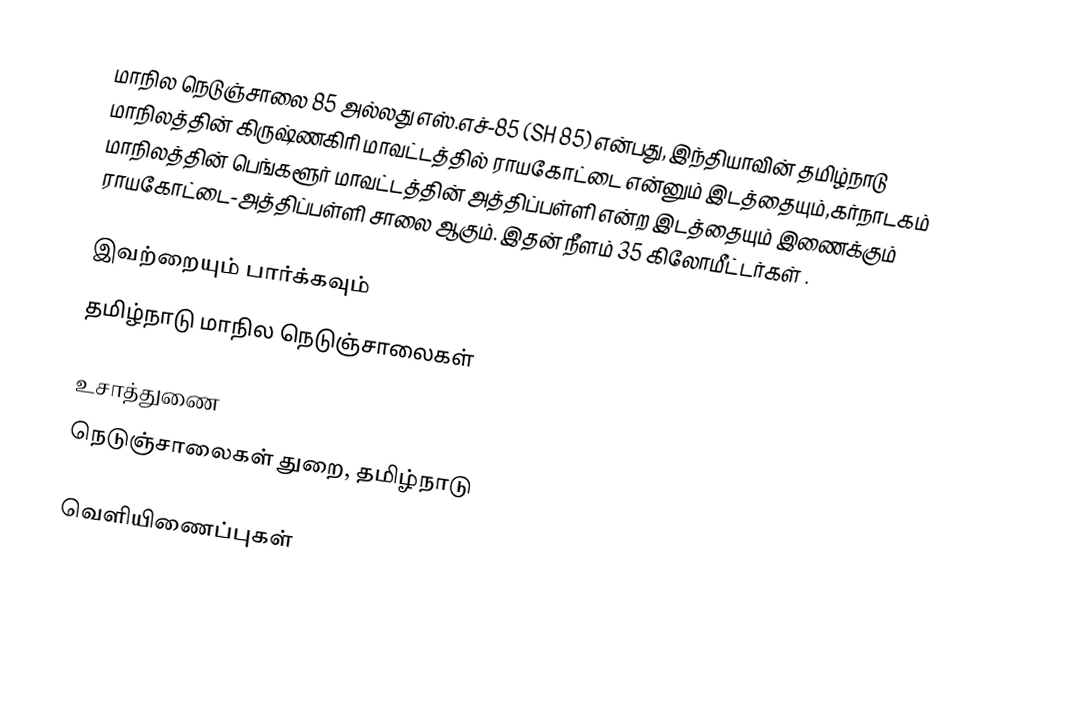
மாநில நெடுஞ்சாலை 85 அல்லது எஸ்.எச்-85 (SH 85) என்பது, இந்தியாவின் தமிழ்நாடு மாநிலத்தின் கிருஷ்ணகிரி மாவட்டத்தில் ராயகோட்டை என்னும் இடத்தையும்,கர்நாடகம் மாநிலத்தின் பெங்களூர் மாவட்டத்தின் அத்திப்பள்ளி என்ற இடத்தையும் இணைக்கும் ராயகோட்டை-அத்திப்பள்ளி சாலை ஆகும். இதன் நீளம் 35  கிலோமீட்டர்கள் .

இவற்றையும் பார்க்கவும்
 தமிழ்நாடு மாநில நெடுஞ்சாலைகள்

உசாத்துணை
 நெடுஞ்சாலைகள் துறை, தமிழ்நாடு

வெளியிணைப்புகள்